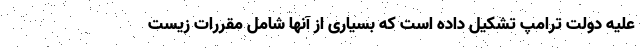
علیه دولت ترامپ تشکیل داده است که بسیاری از آنها شامل مقررات زیست